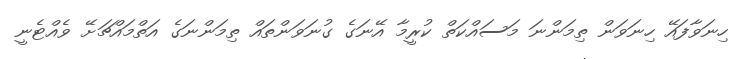
ހިނަވާފައޭ ހިނަވަން ތިމަންނަ މަސައްކަތް ކުރީމާ އޭނަގެ ގުނަވަންތައް ތިމަންނަގެ އަތްމައްޗަށޭ ވެއްޓެނީ